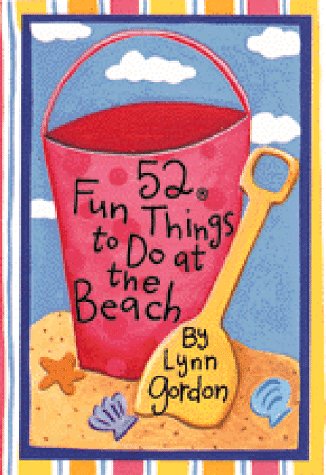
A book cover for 52 Fun Things to Do at the Beach (52 Series); Lynn Gordon; Teen & Young Adult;